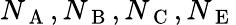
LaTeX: N_{\mathrm{~A~}},N_{\mathrm{~B~}},N_{\mathrm{~C~}},N_{\mathrm{~E~}}